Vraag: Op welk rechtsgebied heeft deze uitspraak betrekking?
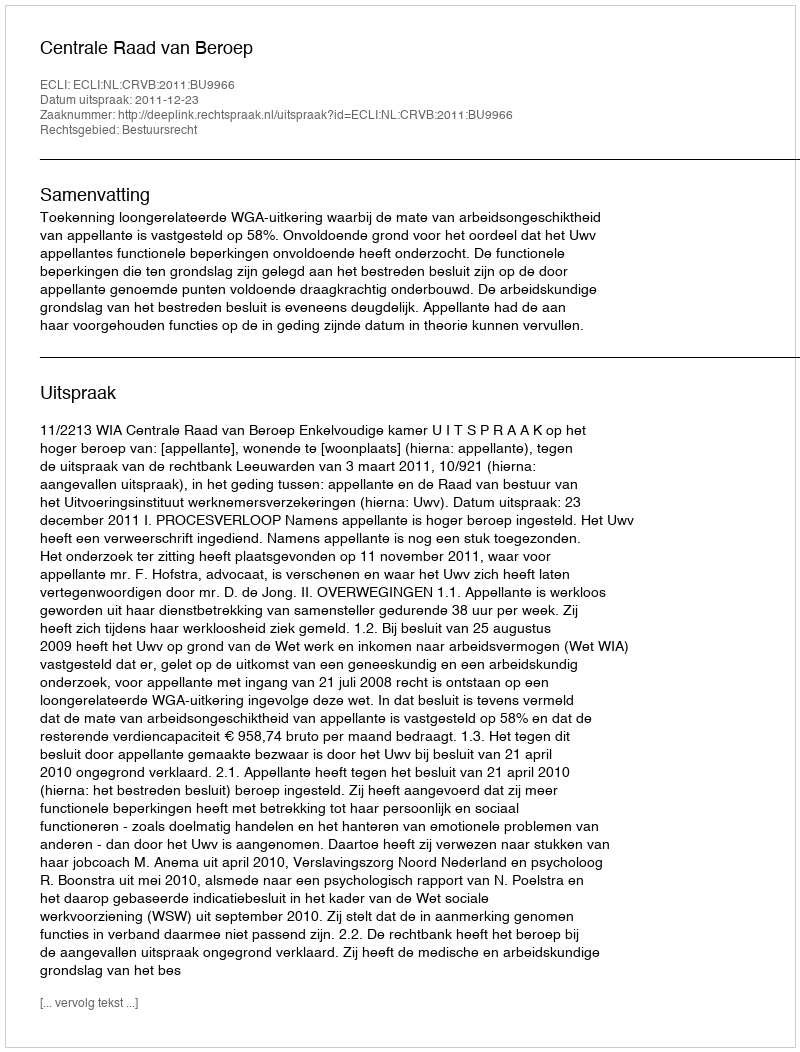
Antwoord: Bestuursrecht